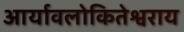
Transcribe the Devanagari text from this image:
आर्यावलोकितेश्वराय